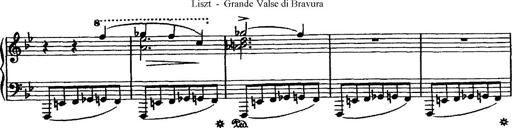
Title: Grande valse di bravura
Composer: Franz Liszt